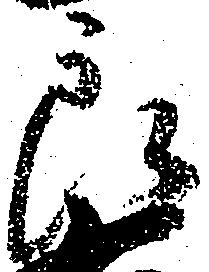
郎